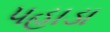
પહાડા